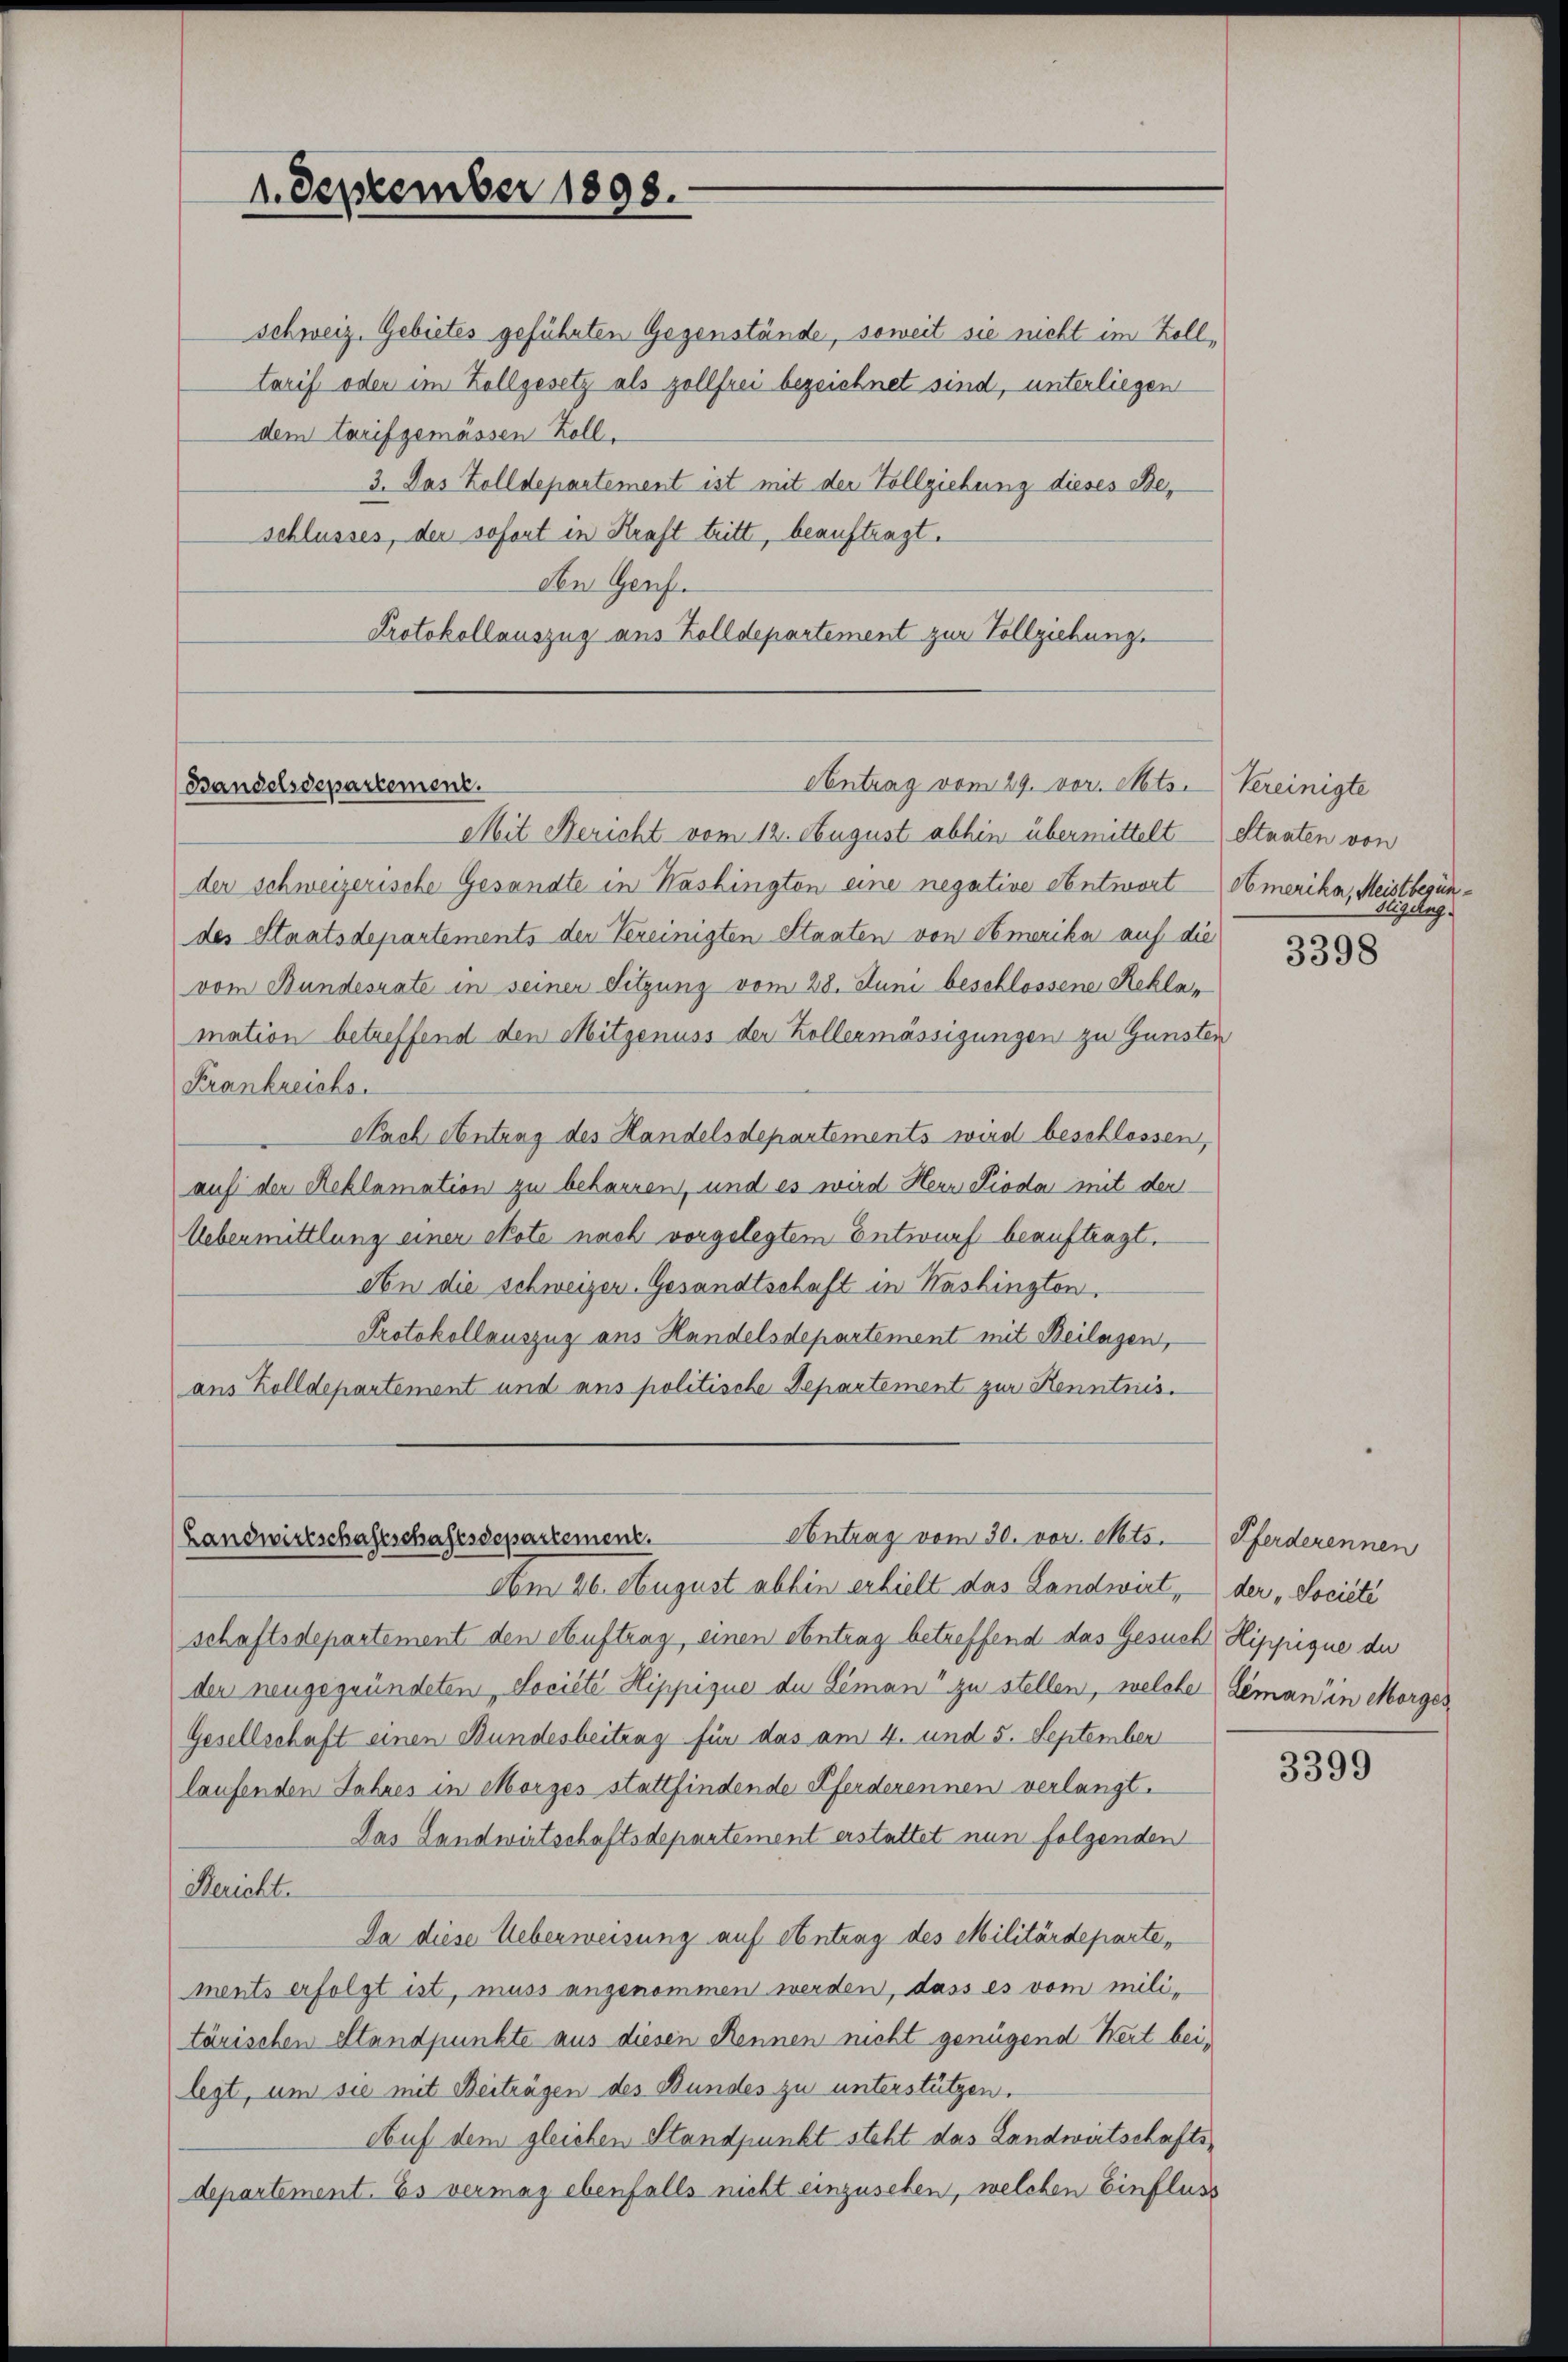
1. September 1893.

schweiz. Gebietes geführten Gegenstände, soweit sie nicht im Zolltarif oder im Zollgesetz als zollfrei bezeichnet sind, unterliegen
dem Tarif gemässen Koll,
3. Das Zolldepartement ist mit der Vollziehung dieses Beschlusses, der sofort in Kraft tritt, beauftragt.
den Genf.
Protokollauszug aus Zolldepartement zur Vollziehung.

Contrag vom 29. vor. Mts. Vereinigte
Bandelsdepartement.
Mit Bericht vom 12. August abhin übermittelt Staaten von

der schweizerische Gesandte in Nashingten eine negative Antwort Amerika, Meistbesindes Staatsdepartements der Vereinigten Staaten von Amerika auf die
vom Bundesrate in seiner Sitzung vom 28. Juni beschlossene Reklamation betreffend den Mitgenuss der Kollermässigungen zu Gunsten
Krankreichs.
Nach Antrag des Handelsdepartements wird beschlossen,
auf der Reklamation zu beharren, und es wird Herr Pioda mit der
Uebermittlung einer Note nach vorgelegtem Entwurf beauftragt.
An die schweizer. Gesandtschaft in Washingten,
Protokollauszug aus Handelsdepartement mit Beilagen,
ans Zolldepartement und ans politische Departement zur Kenntnis.

Antrag vom 30. vor. Mts.
(Landwirtschaftschaftsdepartement.

Am 26. August abhin erhielt das Landwirt, — der „Societe
schaftsdepartement den Auftrag, einen Antrag betreffend das Gesuch Hippique de
der neugegründeten, Société Hippique de Siman“ zu stellen, welcher Leman in Morges¬
Gesellschaft einen Bundesbeitung für das am 4. und 5. September
laufenden Jahres in Morges stattfindende Pferderennen verlangt.
Das Landwirtschaftsdepartement erstattet nun folgenden
Rericht.
Da diese Ueberweisung auf Antrag des Militärdepartements erfolgt ist, muss angenommen werden, dass es vom militärischen Standpunkte aus diesen Rennen nicht genügend Wert beilegt, um sie mit Beiträgen des Bundes zu unterstützen.
Auf dem gleichen Standpunkt steht das Landwirtschaftsdepartement. Es vermag ebenfalls nicht einzusehen, welchen Einfluss

Vigilug.

3398

Pferderennen

3399